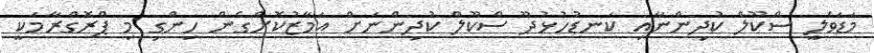
މަޑަވެލީ ސްކޫލް ކުދިންނާއި ކަނޑުހުޅުދޫ ސްކޫލް ކުދިންނަށް އަމާޒުކޮށްގެން ހިންގި މި ޕްރޮގްރާމަކީ